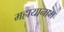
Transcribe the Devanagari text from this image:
महायानाम